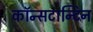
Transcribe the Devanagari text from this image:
कॉन्सटान्टिन